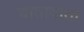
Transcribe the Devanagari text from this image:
यातायाता